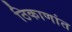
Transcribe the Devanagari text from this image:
ठिकाणांत